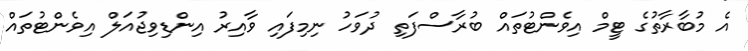
އެ މުބާރާތުގެ ޓީމް އިވެންޓުތައް ބުރާސްފަތި ދުވަހު ނިމިފައި ވާއިރު އިންޑިވިޖުއަލް އިވެންޓުތައް